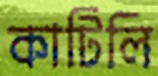
কাটিলি